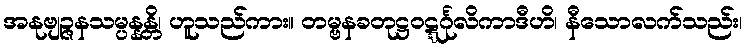
အနုဗျဉ္ဇနသမ္ပန္နန္တိ၊ ဟူသည်ကား။ တမ္ဗနခတုဋ္ဌဝဋ္ဋင်္ဂုလိကာဒီဟိ၊ နီသောလက်သည်း၊